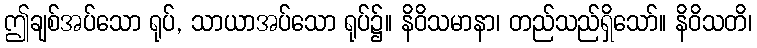
ဤချစ်အပ်သော ရုပ်, သာယာအပ်သော ရုပ်၌။ နိဝိသမာနာ၊ တည်သည်ရှိသော်။ နိဝိသတိ၊